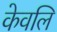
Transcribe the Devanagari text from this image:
केवलि